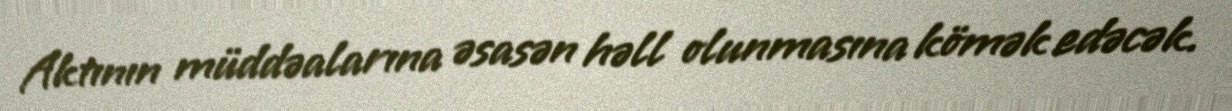
Aktının müddəalarına əsasən həll olunmasına kömək edəcək.